Civil Veterinary Department. United Provinces 1932-42 - 1932-1942
Year: 1932
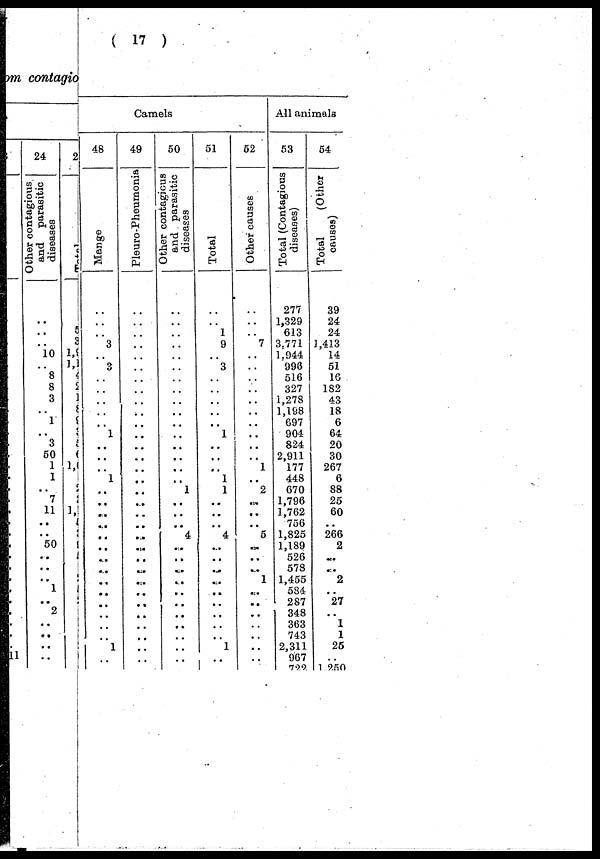
(17)
om contagio
..
11
24
Ot her contagious
and purasitic
di s eas es
..
..
..
10
8
8
3
..
1
..
3
50
1
1
..
7
11
..
..
50
..
..
..
1
..
2
..
..
..
..
..
2
Total
5
3
1,9 1,1
2
2
1
8
9
3
5
6
1,1
..
..
..
1,
1
1
1
1
..
..
1
..
..
..
..
..
..
..
Camels
48
Ma nge
..
..
..
3
..
3
..
..
..
..
..
1
..
..
..
1
..
..
..
..
..
..
..
..
..
..
..
..
..
..
1
..
1
49
Plouro-Phournonia
..
..
..
..
..
..
..
..
..
..
..
..
..
..
..
..
..
..
..
..
..
..
....
..
..
..
..
..
..
..
..
..
..
50
Other contagious
and parasitic
diseases
..
..
..
..
..
..
..
..
..
..
..
..
..
..
..
..
1
..
..
..
4
..
..
..
..
..
..
..
..
..
..
..
..
51
Total
..
..
1
9
..
3
..
..
..
..
..
1
..
..
..
1
1
..
..
..
4
..
..
..
..
..
..
..
..
..
1
..
..
52
Other causes
..
..
..
7
..
..
..
..
..
..
..
..
....
..
1
..
2
..
..
..
5
..
....
..
1
..
..
..
..
..
..
..
..
All animals
53
Total (Contagious
diseases)
277
1,329
613
3.771
1,944
990
516
327
1,278
1,198
697
904
824
2,911
177
448
G70
1,796
1,762
756
1,825
1,189
526
578
1,455
584
287
348
363
743
2,311
967
722
54
Tot al (Other
causes)
39
24
24
1,413
14
51
16
182
43
18
6
64
20
30
267
6
88
25
60
..
266
2
..
..
2
..
27
1
1
25
1,250